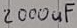
Text: 2000uF